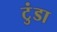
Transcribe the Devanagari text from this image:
टुंडा